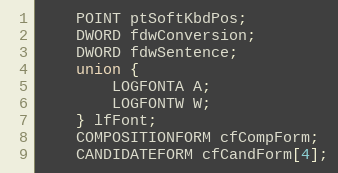
Language: C
    POINT ptSoftKbdPos;
    DWORD fdwConversion;
    DWORD fdwSentence;
    union {
        LOGFONTA A;
        LOGFONTW W;
    } lfFont;
    COMPOSITIONFORM cfCompForm;
    CANDIDATEFORM cfCandForm[4];